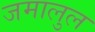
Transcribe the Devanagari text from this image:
जमालुल